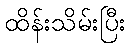
ထိန်းသိမ်းပြီး